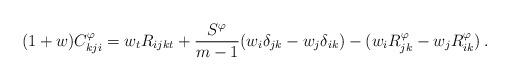
LaTeX: \begin{align*} (1+w)C^\varphi_{kji} = w_t R_{ijkt} + \frac{S^\varphi}{m-1} ( w_i \delta_{jk} - w_j \delta_{ik} ) - (w_i R^\varphi_{jk} - w_j R^\varphi_{ik}) \, .\end{align*}